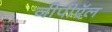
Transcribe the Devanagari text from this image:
जीपीऍल